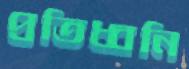
প্রতিধ্বনি